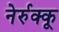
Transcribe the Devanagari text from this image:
नेर्रुक्कू